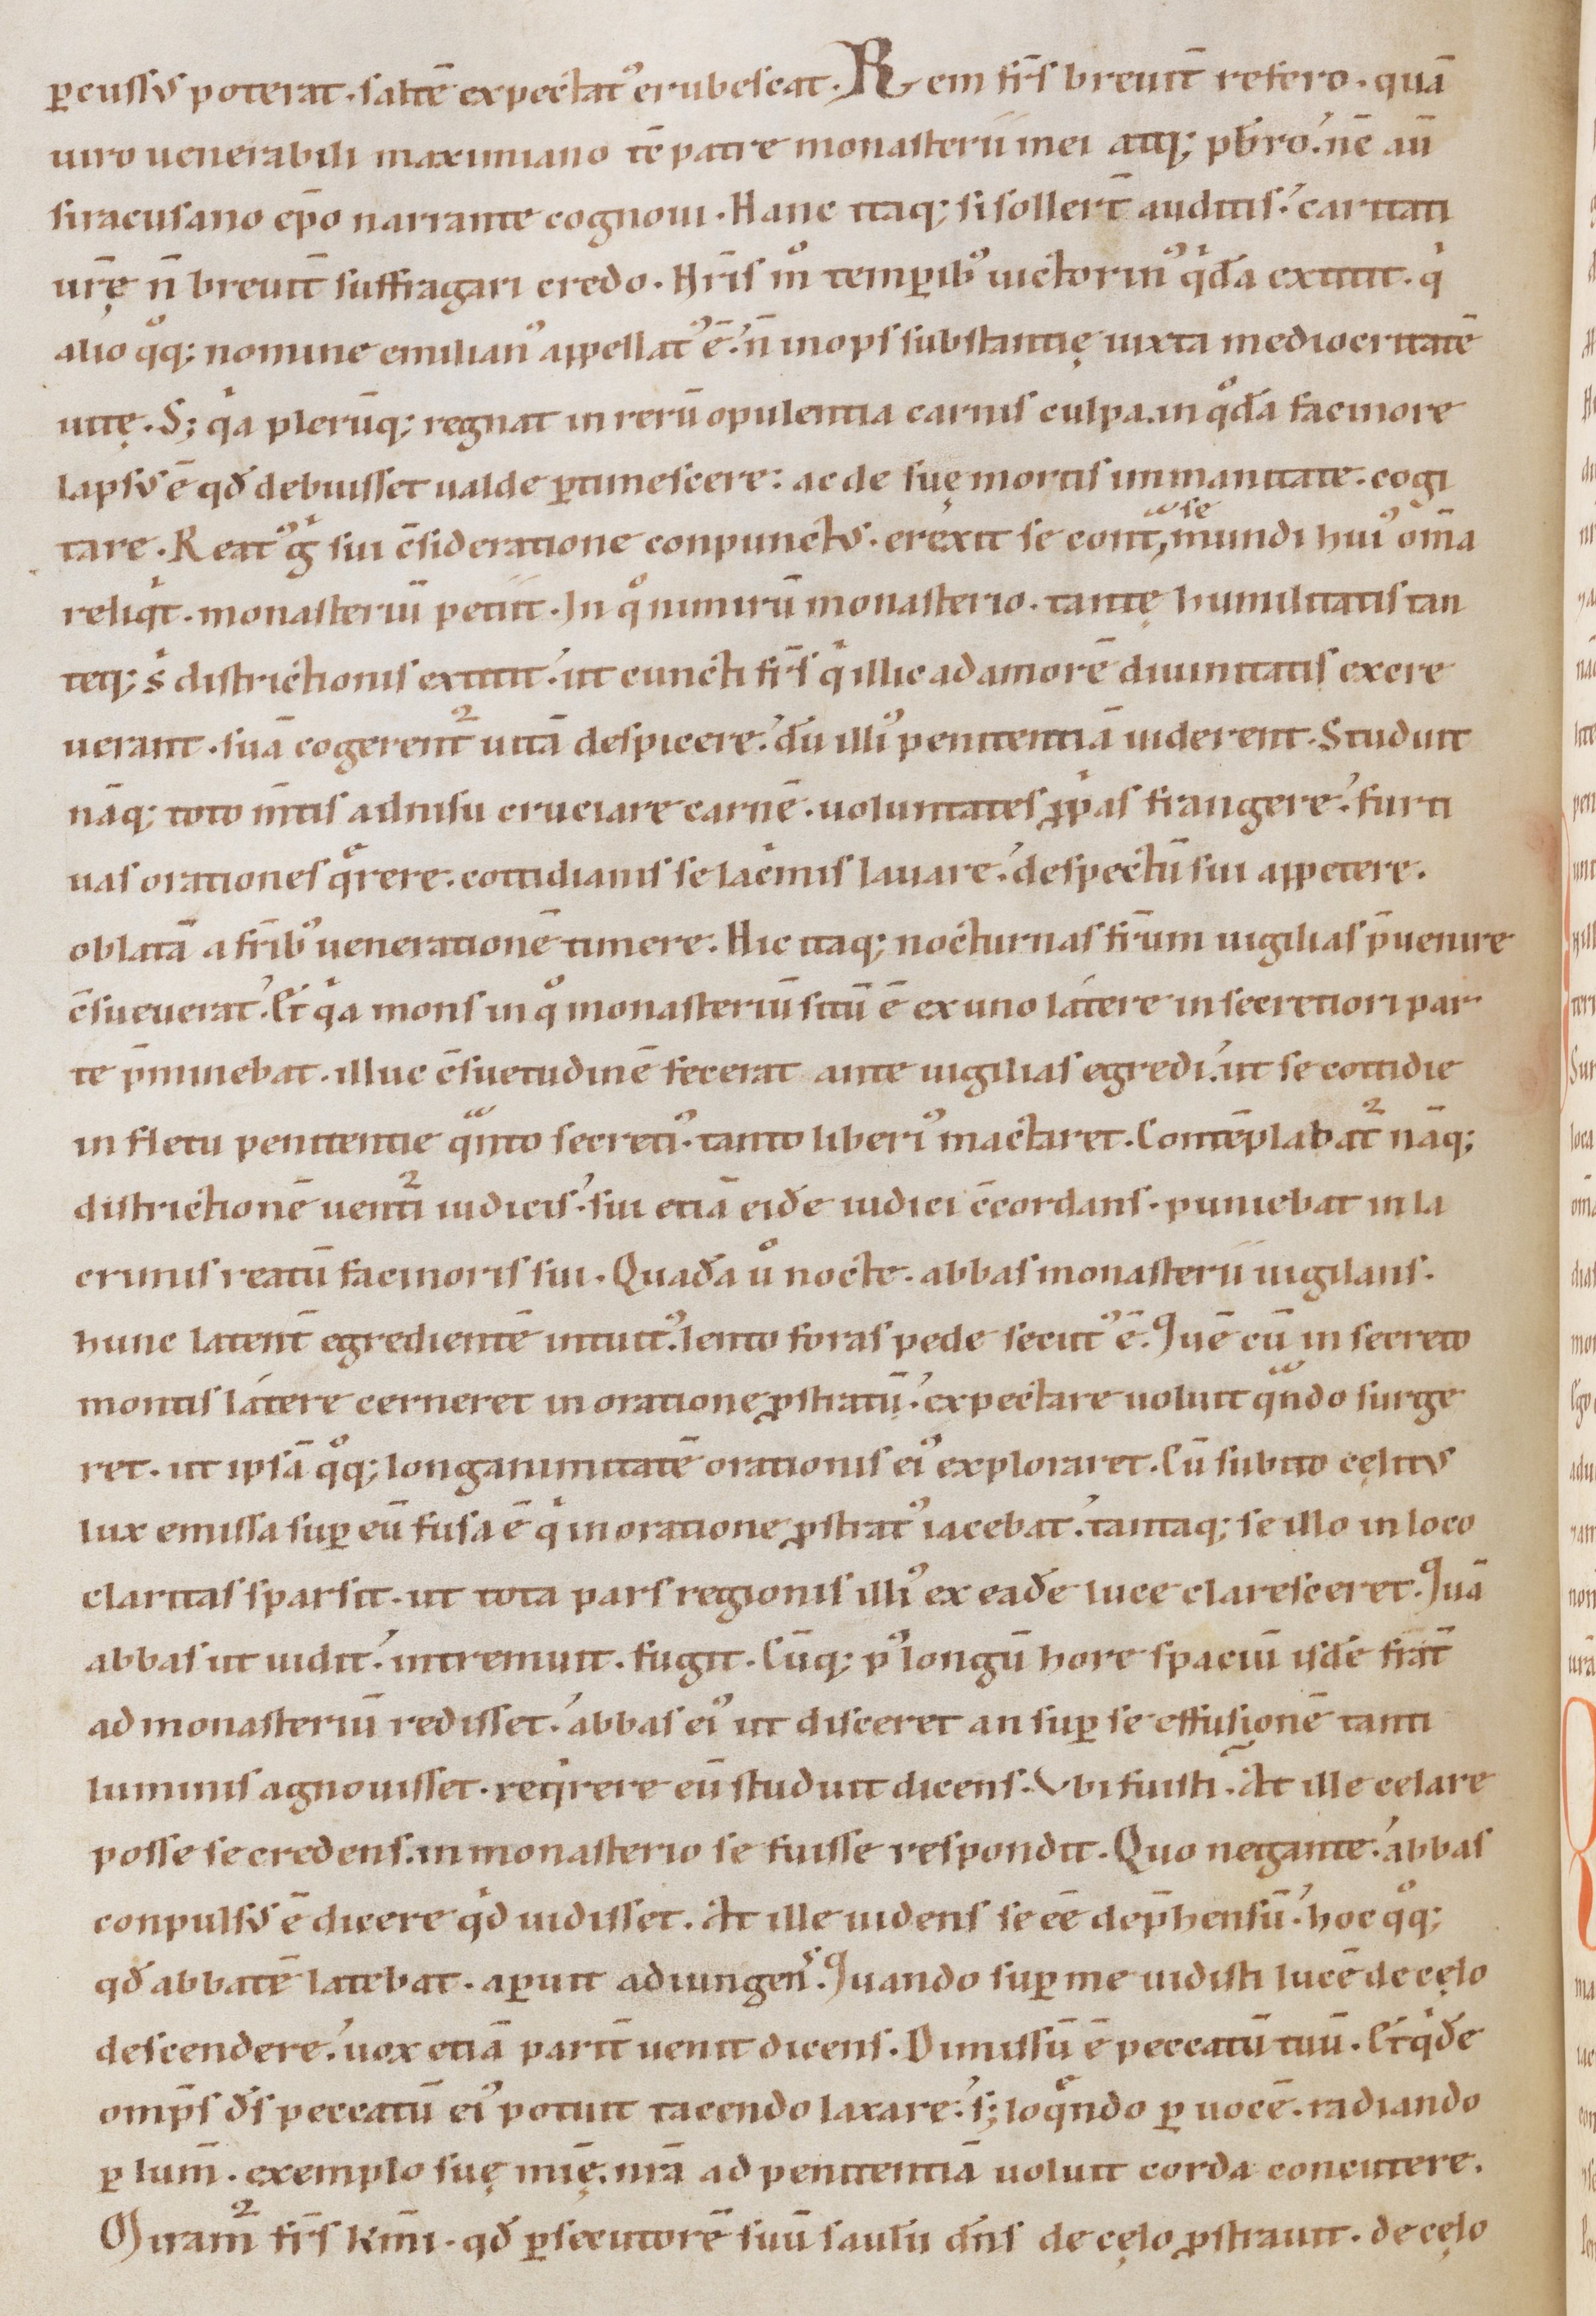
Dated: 1147–1178